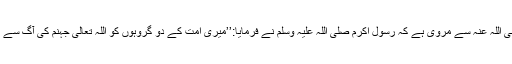
ثوبان رضی اللہ عنہ سے مروی ہے کہ رسول اکرم صلی اللہ علیہ وسلم نے فرمایا:’’میری امت کے دو گروہوں کو اللہ تعالیٰ جہنم کی آگ سے بچالیا ہے۔